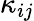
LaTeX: \kappa_{ij}